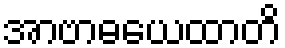
အာဗာဓယေထာတိ